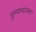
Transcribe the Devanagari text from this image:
पुण्यभाजनः